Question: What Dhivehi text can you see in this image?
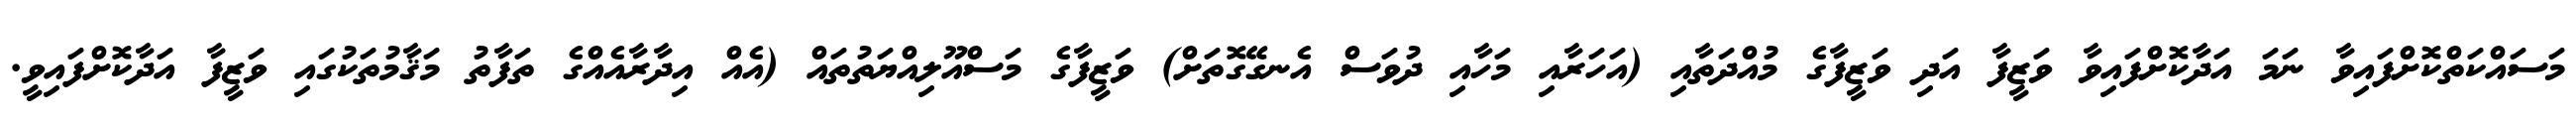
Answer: މަސައްކަތްކޮށްފައިވާ ނަމަ އަދާކޮށްފައިވާ ވަޒީފާ އަދި ވަޒީފާގެ މުއްދަތާއި (އަހަރާއި މަހާއި ދުވަސް އެނގޭގޮތަށް) ވަޒީފާގެ މަސްއޫލިއްޔަތުތައް (އެއް އިދާރާއެއްގެ ތަފާތު މަޤާމުތަކުގައި ވަޒީފާ އަދާކޮށްފައިވީ.